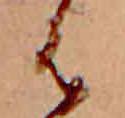
は